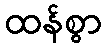
ထန်စွာ